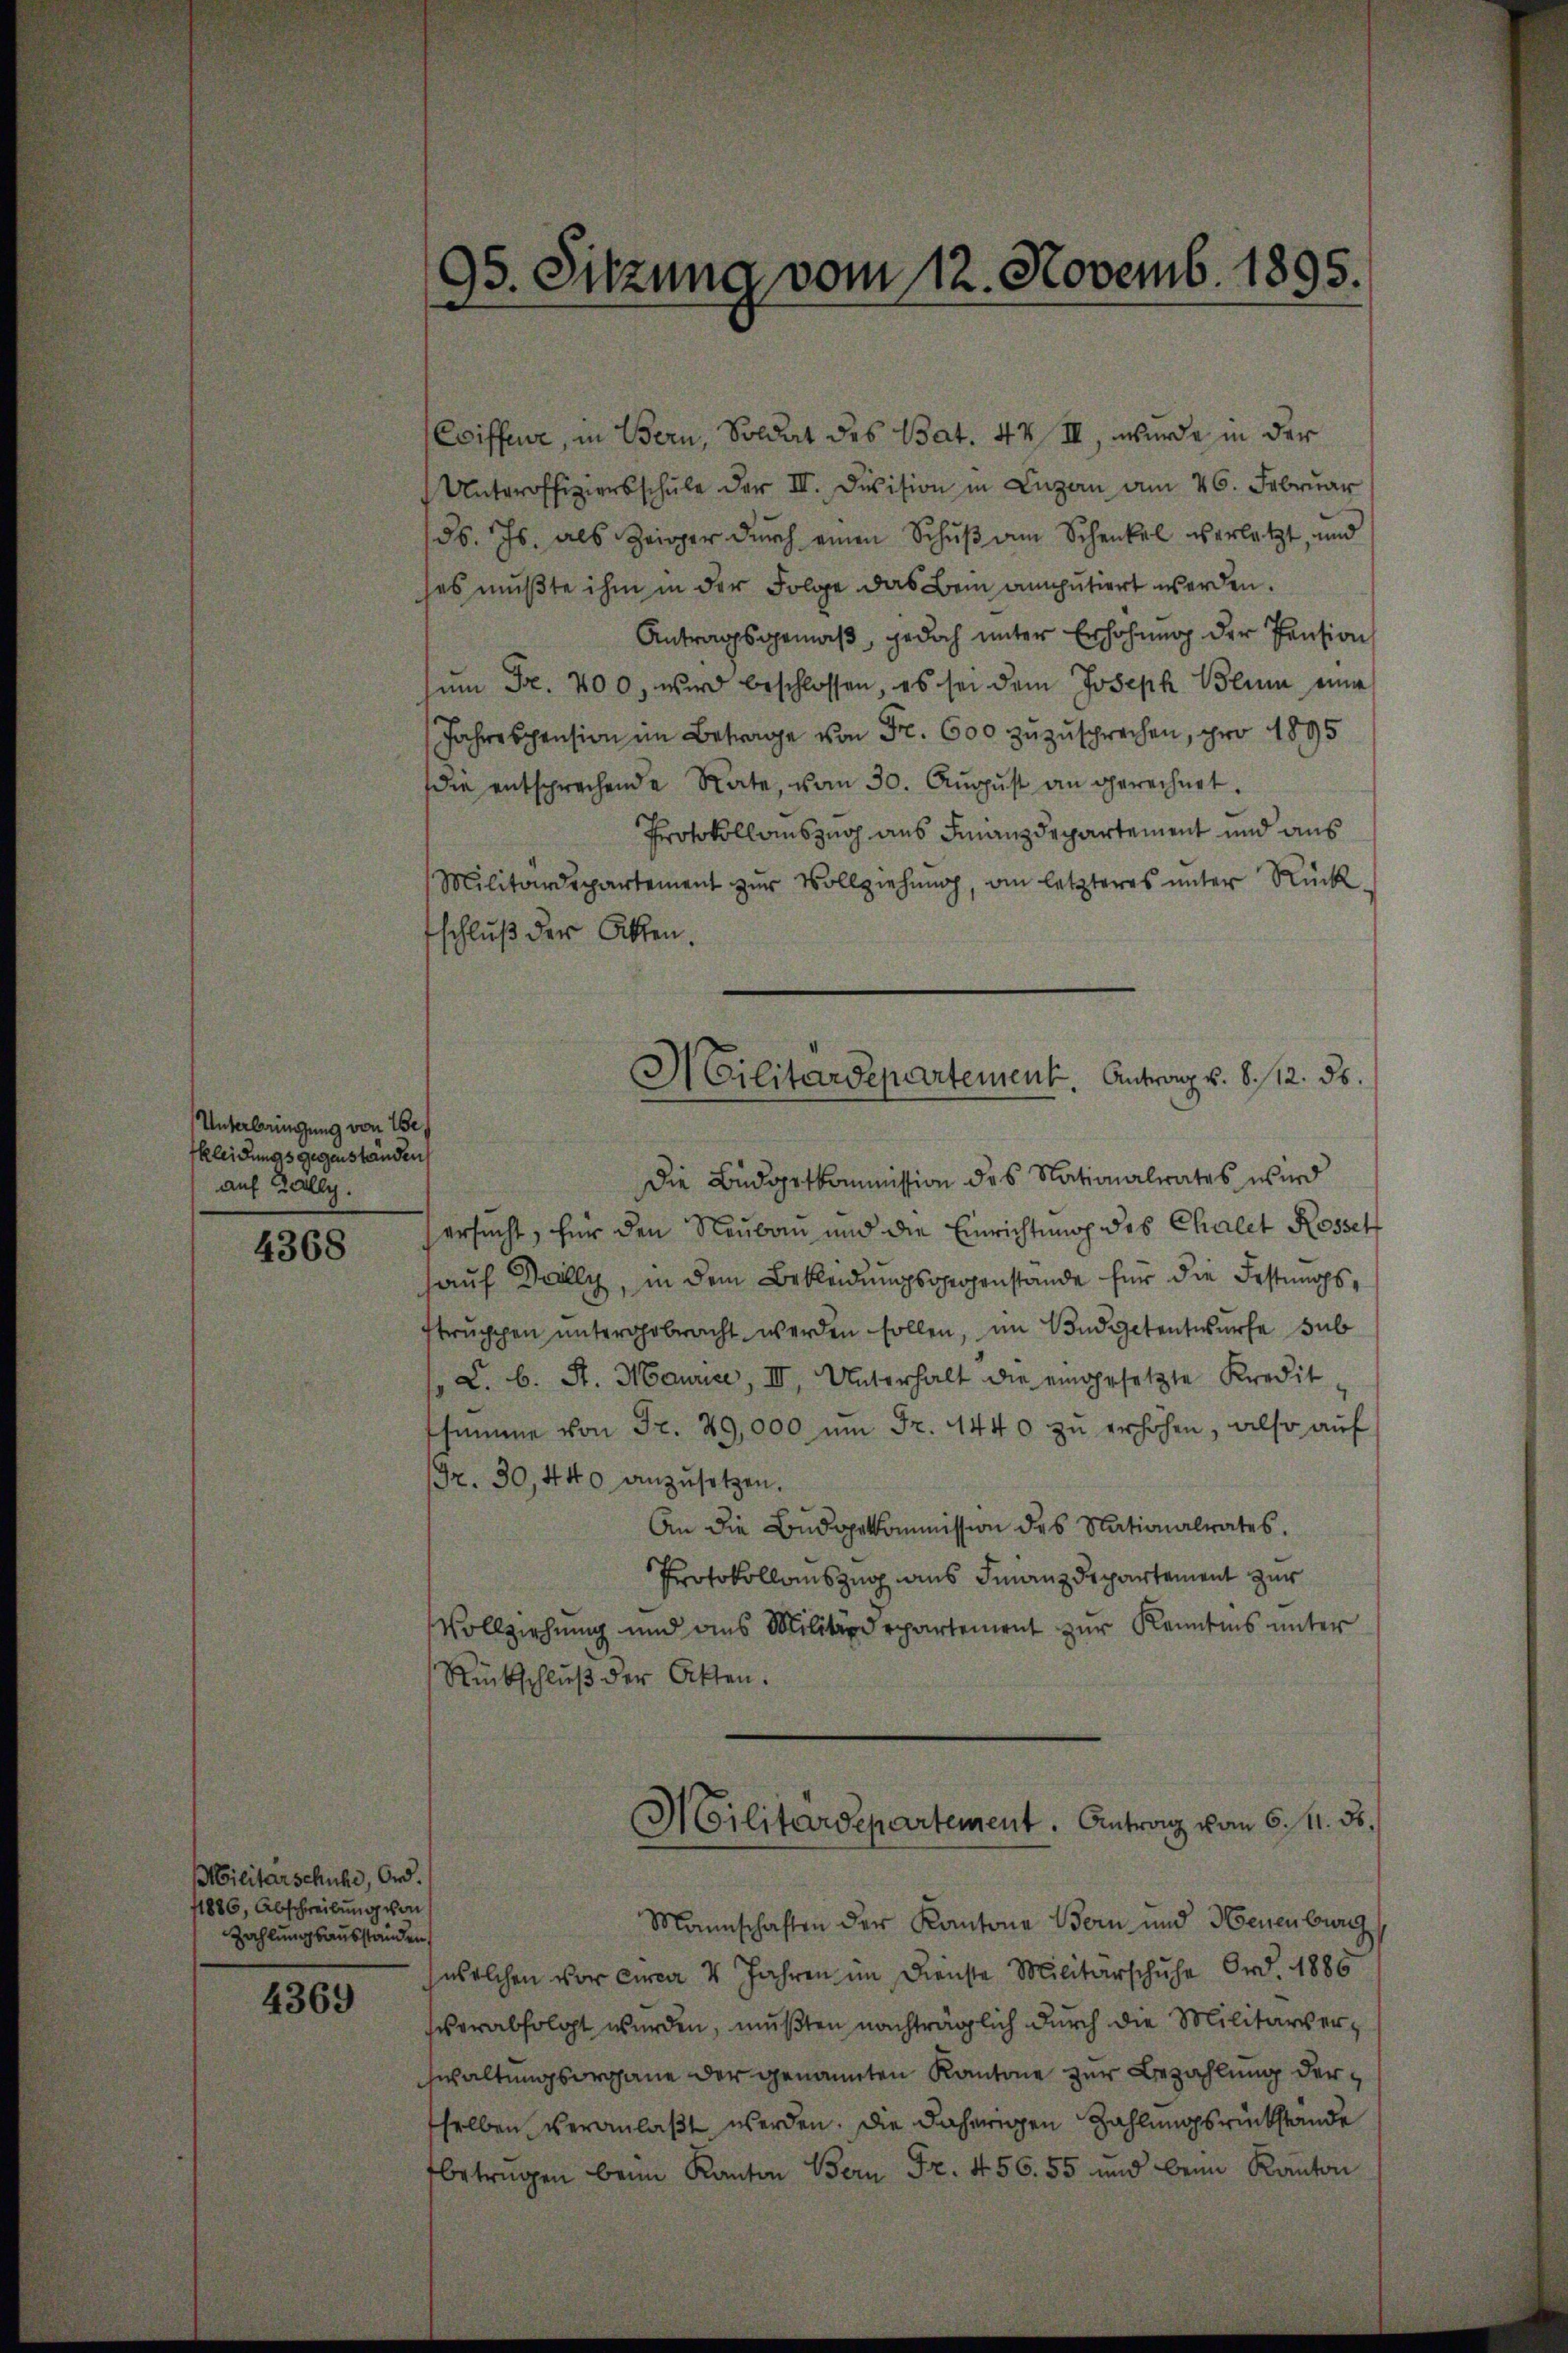
Unterbringung von We
kleidungs gegenständen
auf Zally.

4368

Militärschuhe, Ord.
11886, Abschreibung von
Zahlungsausständen

4369

Coiffeur, in Bern, Soldat des Bat. 44 III, wurde in der
Unteroffiziersschŭle der III. Division in Luzan am 26. Februar
ds. Js. als Zeiger durch einen Schuß am Schenkel verletzt, und
ses mußte ihm in der Folge das Bein amputiert werden.
Antragsgemäß, jedoch unter Erhöhung der Pension
ŭm Fr. 400, wird beschlossen, es sei dem Joseph Blum eine
Jahrespension im Betrage von Fr. 600 zuzusprechen, pro 1895
die entsprechende Rate, vom 30. Aŭgŭst an gerechnet.
Protokollauszug aus Finanzdepartement und aus
Militärdepartement zur Vollziehung, am letzteres unter Rück-
fschluß der Akten.
Die Budgetkommission des Nationalrates wird
ersucht, für den Neubau und die Einrichtung des Chalet Rosset
auf Wally, in dem Bekleidungsorogenstände für die Festungstruppen untergebracht werden sollen, im Budgetentwurfe sub
L. b. A. Maure, II, Unterhalt die eingesetzte Kredit
ssumme von Fr. 29,000 ŭm Fr. 1440 zŭ erhöhen, also auf
Fr. 30, 440 anzusetzen.
An die Budapekommission des Nationalrates.
Protokollauszug aus Finanzdepartement zur
Vollziehung und aus Militärdepartement zur Kenntnis unter
Rückschluß der Akten.
3
Militärdepartement. Antrag vom 6. M. ds.
Mannschaften der Kantone Bern und Neuenburg
welchen vor circa 4 Jahren im Dienste Militärschuhe Ord. 1886
verabfolgt werden, mußten nachträglich durch die Militärverwaltungsorgane der genannten Kantone zur Bezahlung derselben veranlaßt werden. Die daherigen Zahlungsrückstande
fbetragen beim Kanton Bern Fr. 456. 55 und beim Kanton

¬
2. Sitzung vom 12. Novemb. 1895.

HCilitärdepartement. Antrag v. 8. 12. ds.